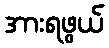
အားရဖွယ်